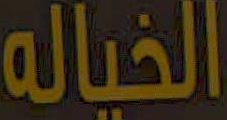
الخياله